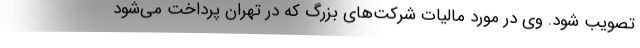
تصویب شود. وی در مورد مالیات شرکت‌های بزرگ که در تهران پرداخت می‌شود